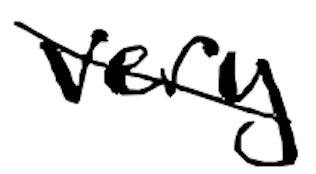
Text: very
Cross-out: diagonal
Writing tool: digital_black